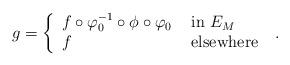
LaTeX: \begin{align*}g=\left\{\begin{array}{ll}f\circ\varphi_0^{-1}\circ \phi\circ\varphi_0 & \ \mbox{in} \ E_M\\f & \ \mbox{elsewhere}\end{array}\right. \ .\end{align*}